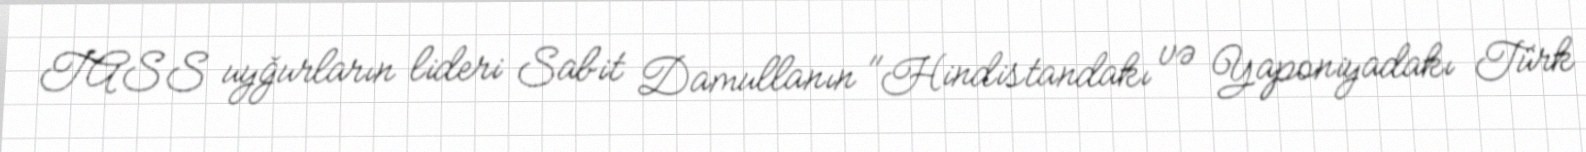
TASS uyğurların lideri Sabit Damullanın "Hindistandakı və Yaponiyadakı Türk